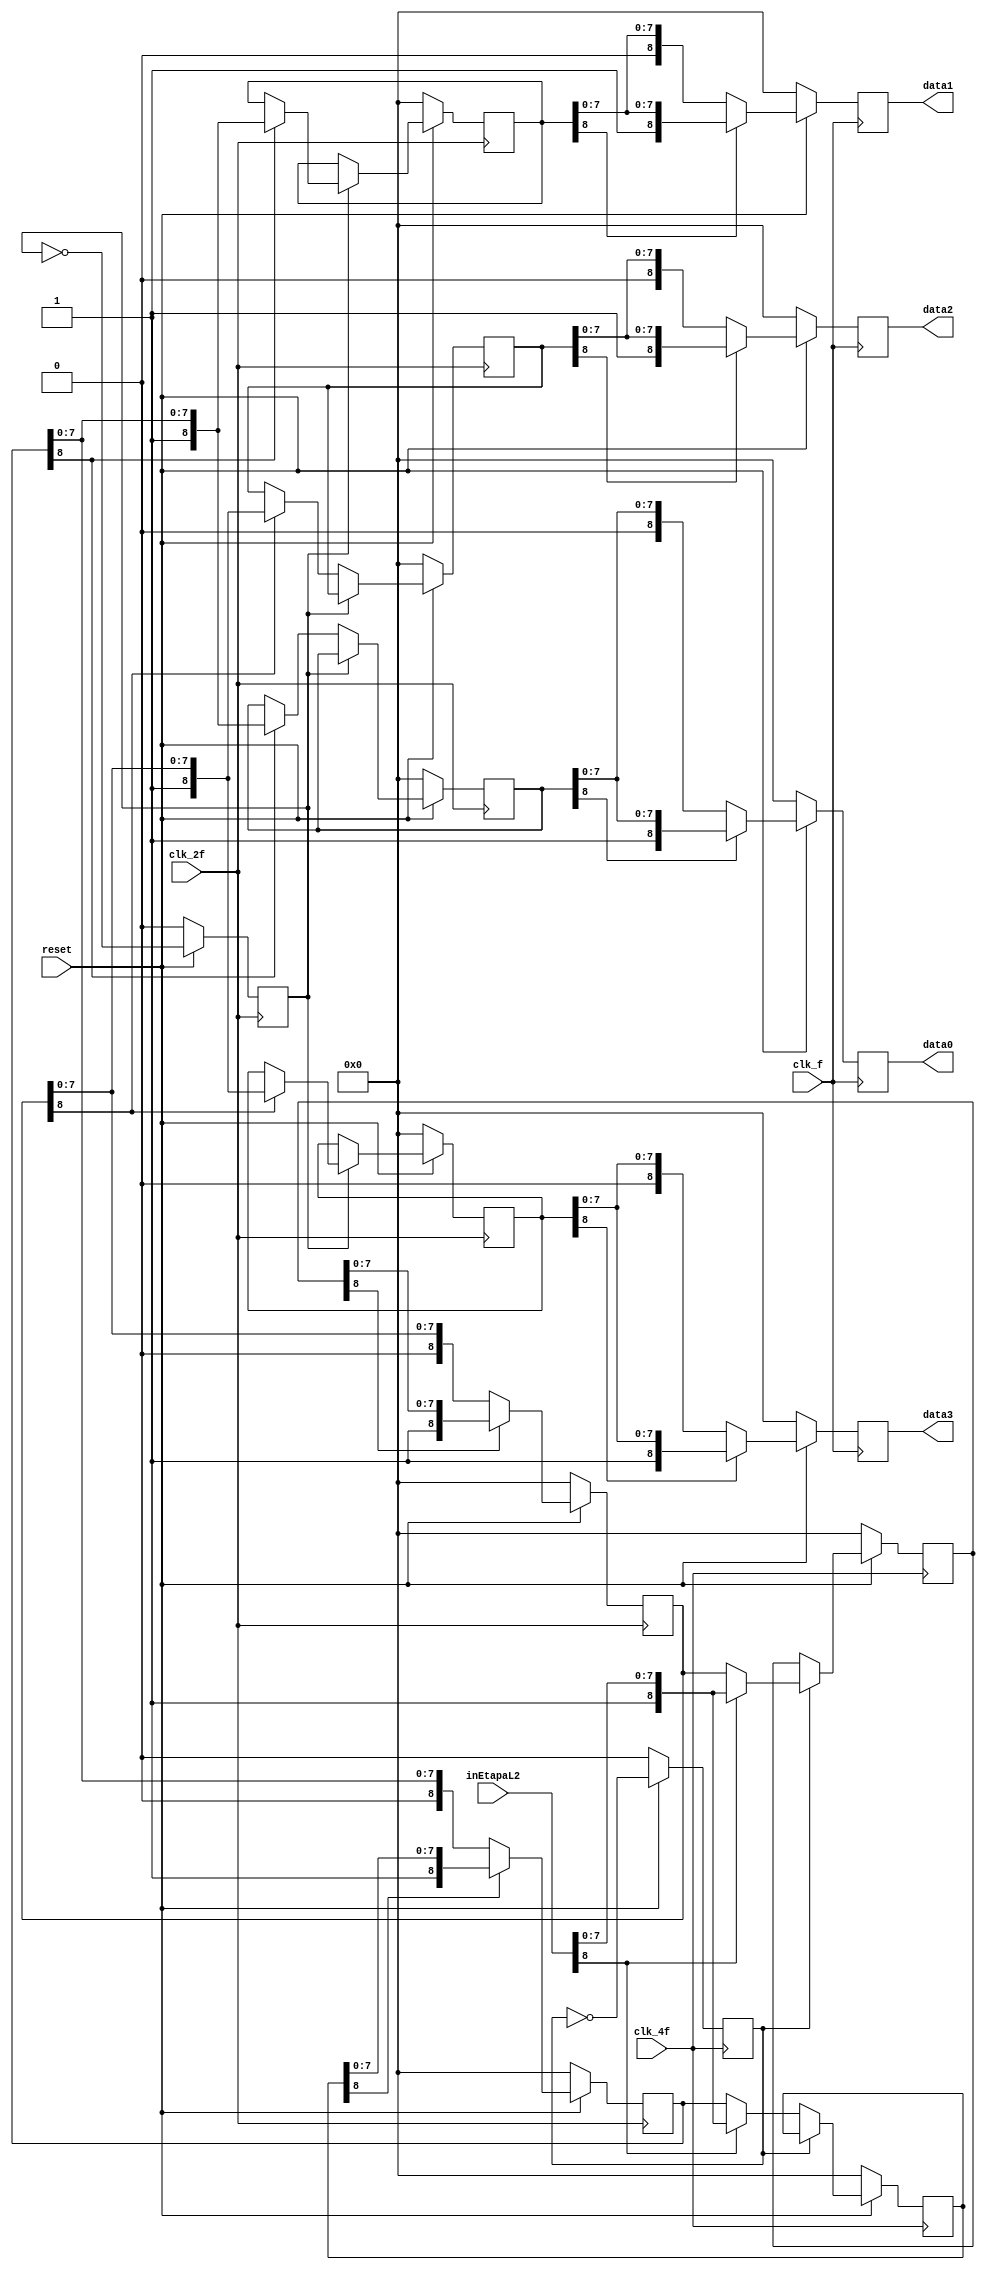


module demux(	input clk_f,
		input clk_2f,
		input clk_4f,
		input reset,
		input [8:0] inEtapaL2,	
		output reg [8:0] data0,
		output reg [8:0] data1,
		output reg [8:0] data2,
		output reg [8:0] data3);

	reg [8:0] outEtapaL1L2_0, outEtapaL1L2_1;
	reg selectorL1, selectorL2;
	reg [8:0] etapa1_inData0, etapa1_inData1, etapa1_inData2, etapa1_inData3;
	reg [8:0] etapa2_inData0, etapa2_inData1;

	always @(posedge clk_4f) begin
		if(~reset) begin
			selectorL2 <= 0;
			outEtapaL1L2_0 <= 0;
			outEtapaL1L2_1 <= 0;
		end
		else begin
			selectorL2 <= ~selectorL2;
			if(selectorL2)
				outEtapaL1L2_1 <= (inEtapaL2[8] ? inEtapaL2: etapa2_inData1);
			else
				outEtapaL1L2_0 <= (inEtapaL2[8] ? inEtapaL2: etapa2_inData0);

		end

	end


	always @(posedge clk_2f) begin
		etapa2_inData0 <= (outEtapaL1L2_0[8] ? outEtapaL1L2_0 : {1'b0, etapa2_inData0[7:0]});
		etapa2_inData1 <= (outEtapaL1L2_1[8] ? outEtapaL1L2_1 : {1'b0, etapa2_inData1[7:0]});

		if(~reset) begin
			etapa2_inData0 <= 0;
			etapa2_inData1 <= 0;
			etapa1_inData0 <= 0;
			etapa1_inData1 <= 0;
			etapa1_inData2 <= 0;
			etapa1_inData3 <= 0;
			selectorL1 <= 0;
		end
		else begin
			selectorL1 <= ~selectorL1;
		
			if(selectorL1) begin
				etapa1_inData1 <= (etapa2_inData0[8] ? etapa2_inData0 : etapa1_inData1);
				etapa1_inData3 <= (etapa2_inData1[8] ? etapa2_inData1 : etapa1_inData3);

			end 
			else begin
				etapa1_inData0 <= (etapa2_inData0[8] ? etapa2_inData0 : etapa1_inData0);
				etapa1_inData2 <= (etapa2_inData1[8] ? etapa2_inData1 : etapa1_inData2);

			end
		end


	end

	always @(posedge clk_f) begin

		if(~reset) begin
			data0 = 0;
			data1 = 0;
			data2 = 0;
			data3 = 0;

		end
		else begin
			data0 = (etapa1_inData0[8] ? etapa1_inData0 : {1'b0, etapa1_inData0[7:0]});
			data1 = (etapa1_inData1[8] ? etapa1_inData1 : {1'b0, etapa1_inData1[7:0]});
			data2 = (etapa1_inData2[8] ? etapa1_inData2 : {1'b0, etapa1_inData2[7:0]});
			data3 = (etapa1_inData3[8] ? etapa1_inData3 : {1'b0, etapa1_inData3[7:0]});



		end
	end


endmodule